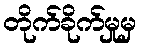
တိုက်ခိုက်မှုမှ